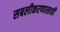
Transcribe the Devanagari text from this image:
सबलीकरणासाठी